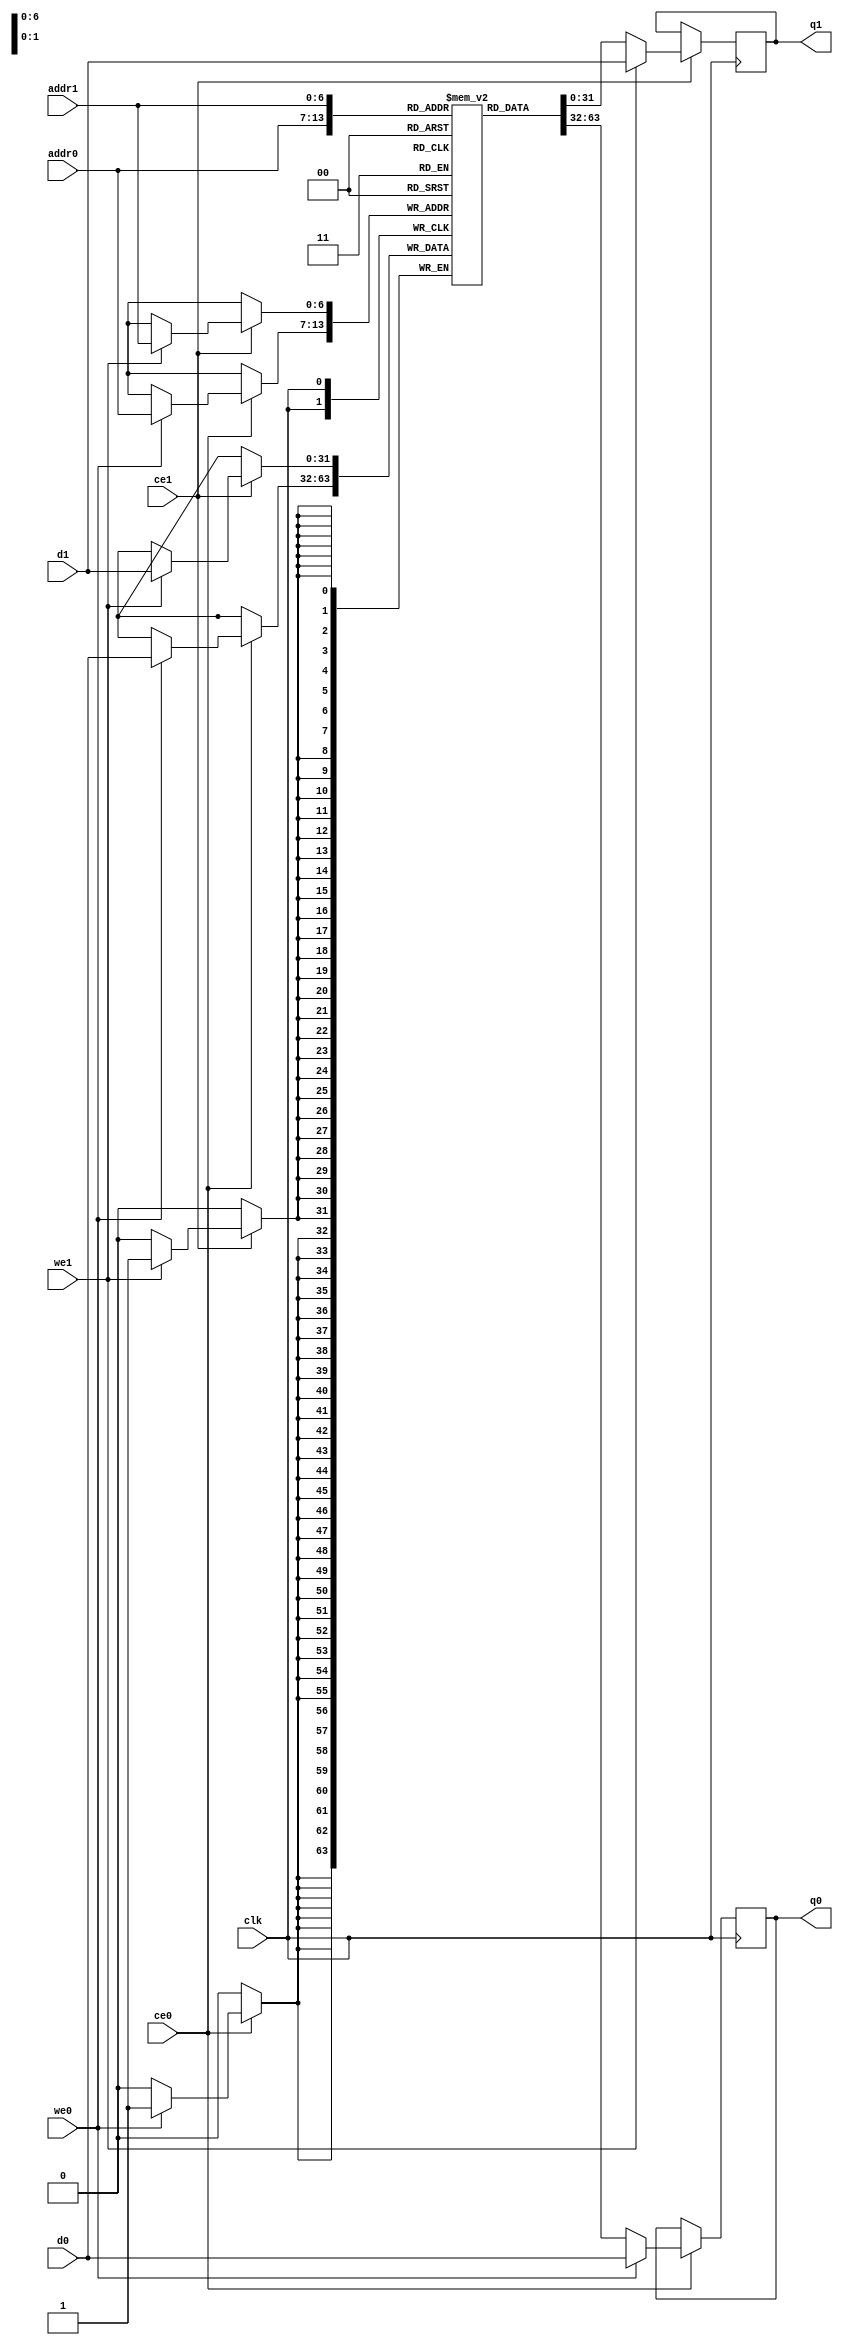
// ==============================================================
// File generated by Vivado(TM) HLS - High-Level Synthesis from C, C++ and SystemC
// Version: 2013.4
// Copyright (C) 2013 Xilinx Inc. All rights reserved.
// 
// ==============================================================

`timescale 1 ns / 1 ps
module sort_istack_ram (addr0, ce0, d0, we0, q0, addr1, ce1, d1, we1, q1,  clk);

parameter DWIDTH = 32;
parameter AWIDTH = 7;
parameter MEM_SIZE = 100;

input[AWIDTH-1:0] addr0;
input ce0;
input[DWIDTH-1:0] d0;
input we0;
output reg[DWIDTH-1:0] q0;
input[AWIDTH-1:0] addr1;
input ce1;
input[DWIDTH-1:0] d1;
input we1;
output reg[DWIDTH-1:0] q1;
input clk;

(* ram_style = "block" *)reg [DWIDTH-1:0] ram[MEM_SIZE-1:0];




always @(posedge clk)  
begin 
    if (ce0) 
    begin
        if (we0) 
        begin 
            ram[addr0] <= d0; 
            q0 <= d0;
        end 
        else 
            q0 <= ram[addr0];
    end
end


always @(posedge clk)  
begin 
    if (ce1) 
    begin
        if (we1) 
        begin 
            ram[addr1] <= d1; 
            q1 <= d1;
        end 
        else 
            q1 <= ram[addr1];
    end
end


endmodule


`timescale 1 ns / 1 ps
module sort_istack(
    reset,
    clk,
    address0,
    ce0,
    we0,
    d0,
    q0,
    address1,
    ce1,
    we1,
    d1,
    q1);

parameter DataWidth = 32'd32;
parameter AddressRange = 32'd100;
parameter AddressWidth = 32'd7;
input reset;
input clk;
input[AddressWidth - 1:0] address0;
input ce0;
input we0;
input[DataWidth - 1:0] d0;
output[DataWidth - 1:0] q0;
input[AddressWidth - 1:0] address1;
input ce1;
input we1;
input[DataWidth - 1:0] d1;
output[DataWidth - 1:0] q1;




sort_istack_ram sort_istack_ram_U(
    .clk( clk ),
    .addr0( address0 ),
    .ce0( ce0 ),
    .d0( d0 ),
    .we0( we0 ),
    .q0( q0 ),
    .addr1( address1 ),
    .ce1( ce1 ),
    .d1( d1 ),
    .we1( we1 ),
    .q1( q1 ));

endmodule